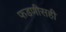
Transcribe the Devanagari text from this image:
फडणीसही